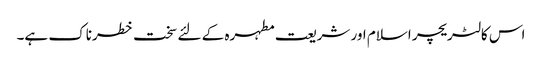
اس کا لٹریچر اسلام اور شریعت مطہرہ کے لئے سخت خطرناک ہے۔